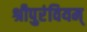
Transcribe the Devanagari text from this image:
श्रीपुरंवियम्